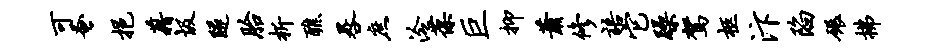
可蚤挹藉圾隧胎析醮晷庶泠葆巨抑萧修语它躁驾柩汴陷碾拂